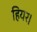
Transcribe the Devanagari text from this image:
हियर।